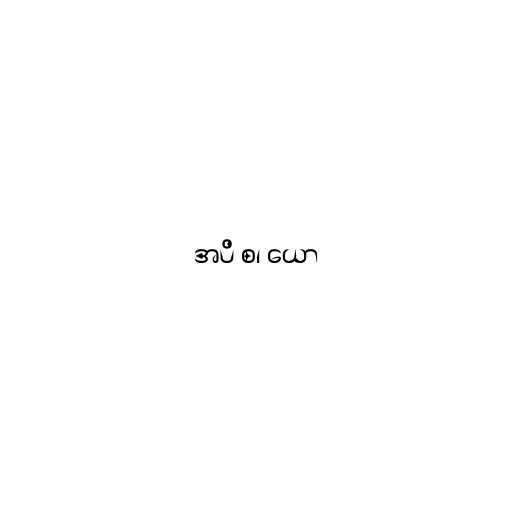
အပိ စ၊ ယော